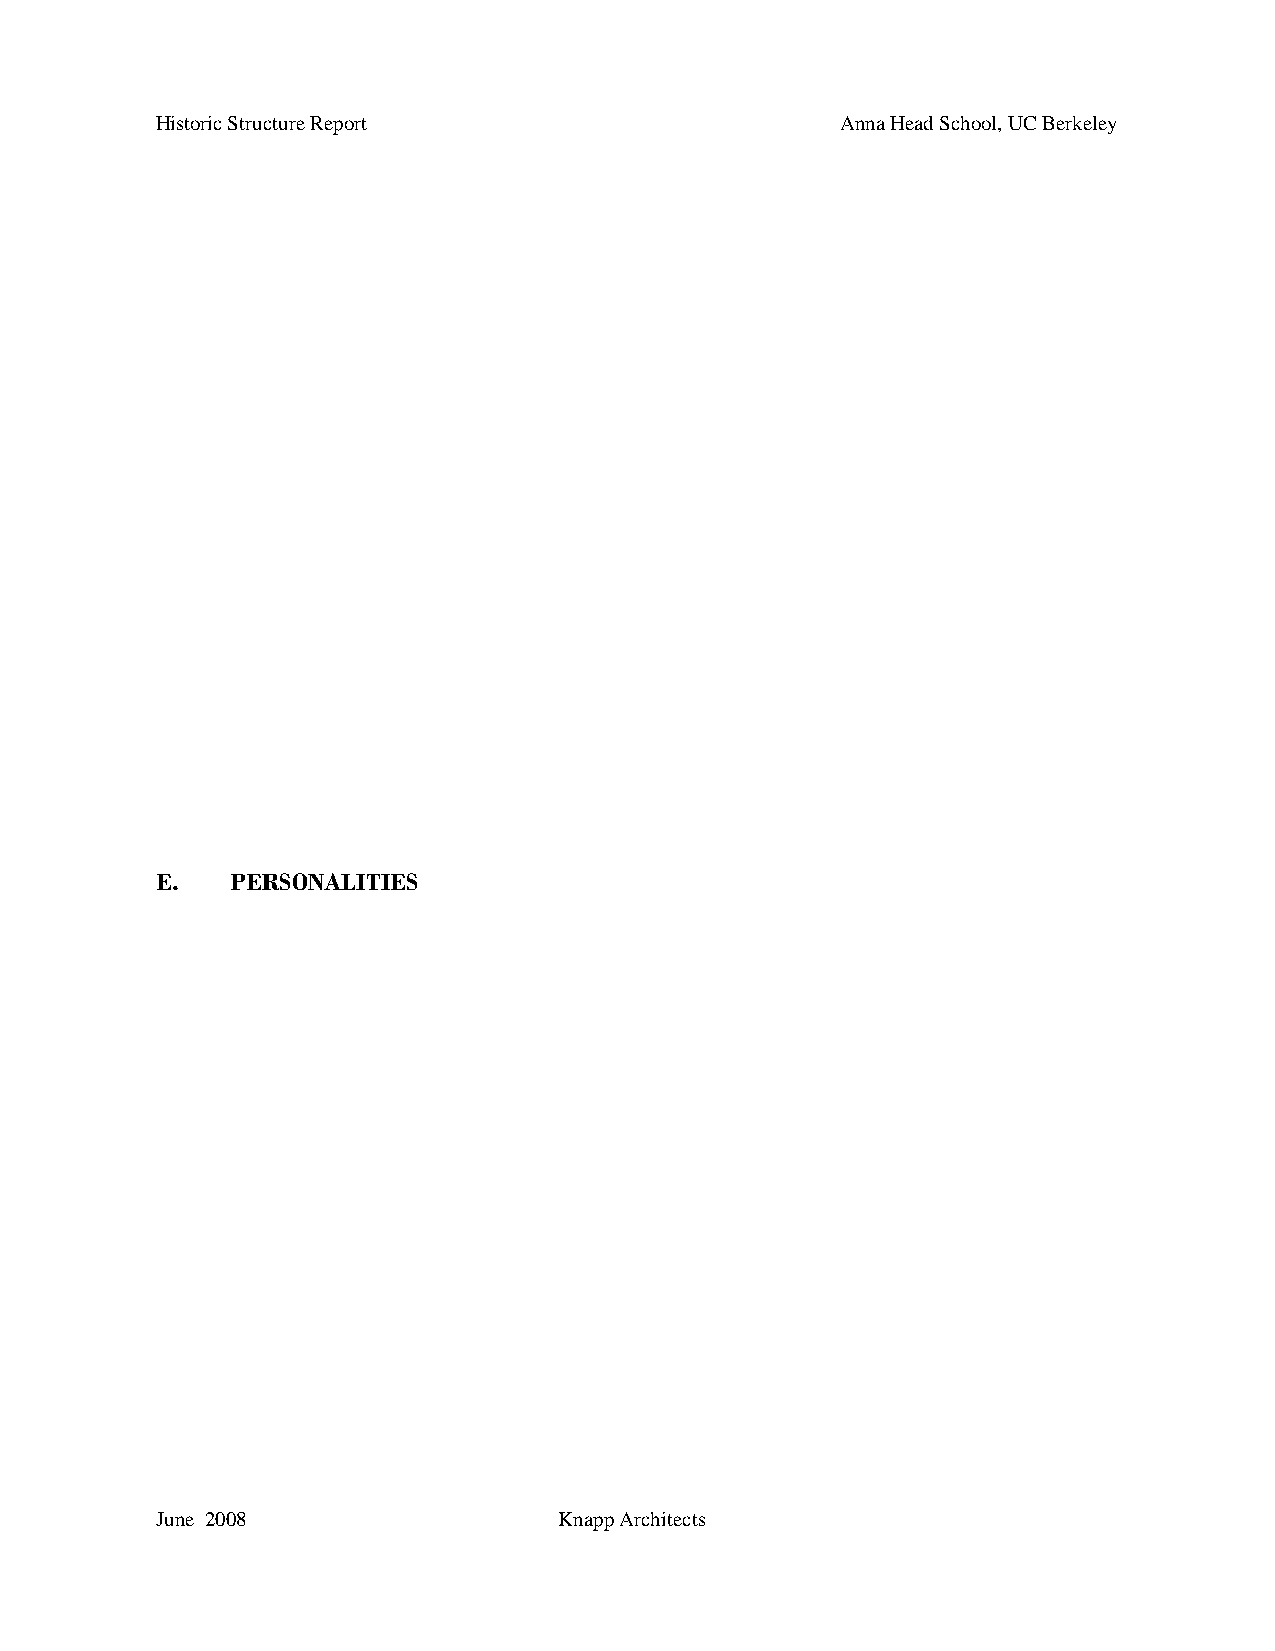
Historic Structure Report                     Anna Head School, UC Berkeley
 E.   PERSONALITIES
 June 2008                  Knapp Architects